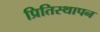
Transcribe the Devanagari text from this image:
प्रितिस्थापन